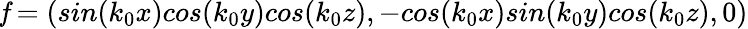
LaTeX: {\textbf{\textit f}}=(sin(k_{0}x)cos(k_{0}y)cos(k_{0}z),-cos(k_{0}x)sin(k_{0}y)cos(k_{0}z),0)